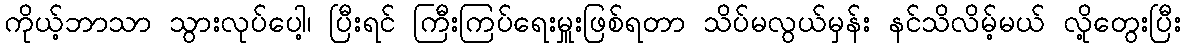
ကိုယ့်ဘာသာ သွားလုပ်ပေါ့၊ ပြီးရင် ကြီးကြပ်ရေးမှူးဖြစ်ရတာ သိပ်မလွယ်မှန်း နင်သိလိမ့်မယ် လို့တွေးပြီး